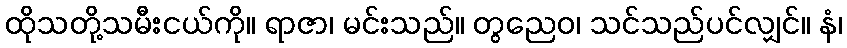
ထိုသတို့သမီးငယ်ကို။ ရာဇာ၊ မင်းသည်။ တွညေဝ၊ သင်သည်ပင်လျှင်။ နံ၊